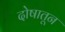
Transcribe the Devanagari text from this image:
दोषातून